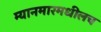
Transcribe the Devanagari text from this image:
म्यानमारमधीलच